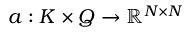
a : K \times Q \rightarrow \mathbb { R } ^ { N \times N }